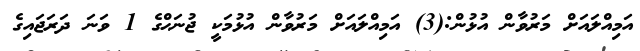
އަމިއްލައަށް މަރުވާން އުޅުން:(3) އަމިއްލައަށް މަރުވާން އުޅުމަކީ ޖުނަޙްގެ 1 ވަނަ ދަރަޖައިގެ